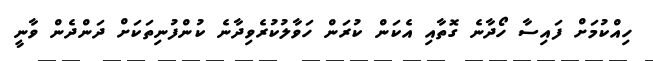
ހިއްކުމަށް ފައިސާ ހޯދާނެ ގޮތާއި އެކަން ކުރަން ހަވާލުކުރެވިދާނެ ކުންފުނިތަކަށް ދަންދެން ވާނީ